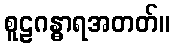
စူဠဂန္ဓာရအတတ်။